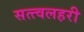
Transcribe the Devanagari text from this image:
सत्त्वलहरी